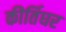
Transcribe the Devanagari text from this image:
कीर्तिघर